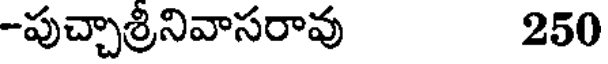
-పుచ్చాశ్రీనివాసరావు 250